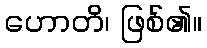
ဟောတိ၊ ဖြစ်၏။